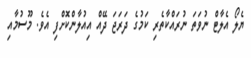
ޔެލޯ އެލާޓް ނުވަތަ ނުރައްކާތެރި ކަމުގެ ދަރަޖަ ދޭއް އިއުލާންކޮށްފި އެވެ. މޫސުމާއި